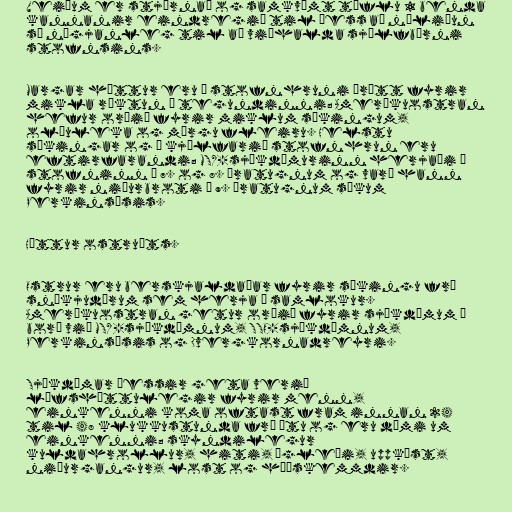
Veiðum er stjórnað og samkvæmt töflu 1 benda
kannanir eindregið til þess að nýliðun
sé nægjanleg til að viðhalda sjálfbærni
stofnsins.

Margar hættur eru á stofnhruni þrátt fyrir
mikla ræktun á tegundinni; Ameríkuostran
hefur orðið fyrir miklum sýkingum,
olíuleka og mörgu fleiru. Helstu
sýkingar og í kjölfarið stofnhrun eru
eftirfarandi; MSX-sjúkdómurinn herjaði á
stofninn á 7. og 8. áratugnum og varð hann
fyrir niðurbroti á 9. áratugnum sökum
Perkinsósis.

Hættur ostruáts.

Ostrur eru berskjaldaðar fyrir sýkingu frá
sníkjudýrum sem herja á samlokur.
Ameríkuostran getur orðið fyrir sjúkdómum á
borð við MSX-sjúkdómnum, SSO-sjúkdómnum,
Perkinsósis og Dvergkornadreyri.

Sjúkdómar þessir geta verið
lífshættulegir fyrir menn,
einkenni koma oftast fram innan 24
til 48 klukkustunda frá átu og eru dæmi um
einkenni; skyndilegur
kuldahrollur, hiti, ógleði, uppköst,
niðurgangur, lost og húðskemmdir.